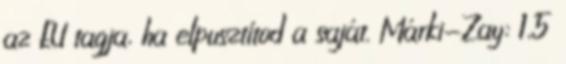
az EU tagja, ha elpusztítod a saját. Márki-Zay: 1,5